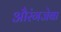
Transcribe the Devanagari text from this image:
औरंगजेबा